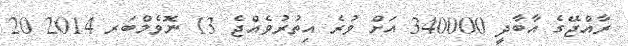
ރާއްޖޭގެ އާބާދީ 340000 އަށް ވުރެ އިތުރުވެއްޖެ 13 ނޮވެމްބަރ 2014 20